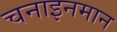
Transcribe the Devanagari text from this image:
चनाइनमान